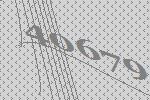
40679